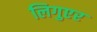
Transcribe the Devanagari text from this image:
लिगुएर